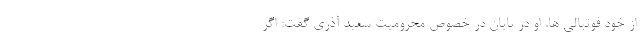
از خود فوتبالی ها. او در پایان در خصوص محرومیت سعید آذری گفت: اگر